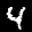
Label: 4